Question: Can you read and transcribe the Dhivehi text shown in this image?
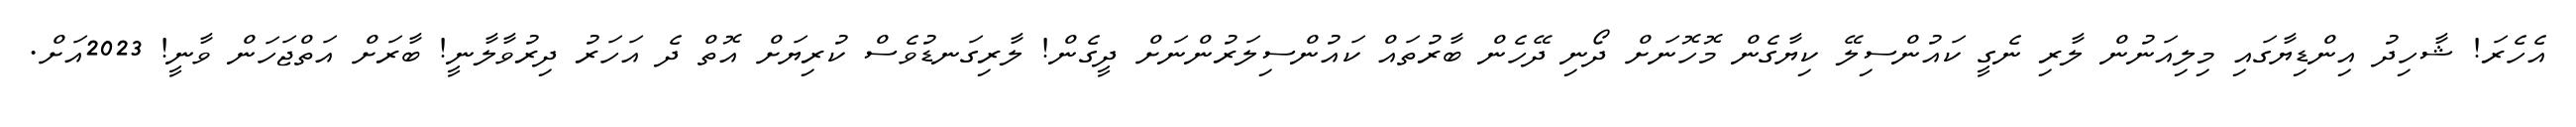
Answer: އެހެރަ! ޝާހިދު އިންޑިޔާގައި މިލިއަނުން ލާރި ނެގީ ކައުންސިލޭ ކިޔާގެން މޮހޮނަށް ދޯނި ދޭހެން ބާރުތައް ކައުންސިލަރުންނަށް ދީގެން! ލާރިގަނޑުވެސް ކުރިޔަށް އޮތް ދެ އަހަރު ދިރުވާލާނީ! ބާރަށް އަތްޖަހަން ވާނީ! 2023އަށް.